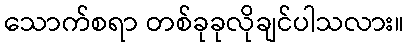
သောက်စရာ တစ်ခုခုလိုချင်ပါသလား။